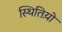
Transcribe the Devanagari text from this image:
स्थितिय़ो